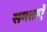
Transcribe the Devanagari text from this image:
समताएँ